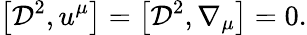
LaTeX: \left[{\cal D}^{2},u^{\mu}\right]=\left[{\cal D}^{2},\nabla_{\mu}\right]=0.